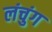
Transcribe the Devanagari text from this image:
लंचुंग